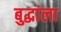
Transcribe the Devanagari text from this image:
बुद्धांला